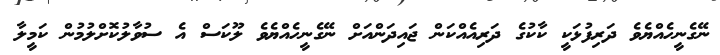
ނޭގެނީހެއްޔެވެ ދަރިފުޅަކީ ކާކުގެ ދަރިއެއްކަން ޖައިދަންއަށް ނޭގެނީހެއްޔެވެ ލޫކަސް އެ ސުވާލުކޮށްލުމުން ކަމީލާ